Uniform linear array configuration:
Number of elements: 8
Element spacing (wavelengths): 1
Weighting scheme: kaiser
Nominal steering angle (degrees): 0
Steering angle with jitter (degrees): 1.018
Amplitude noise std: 0.05
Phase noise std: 0.05

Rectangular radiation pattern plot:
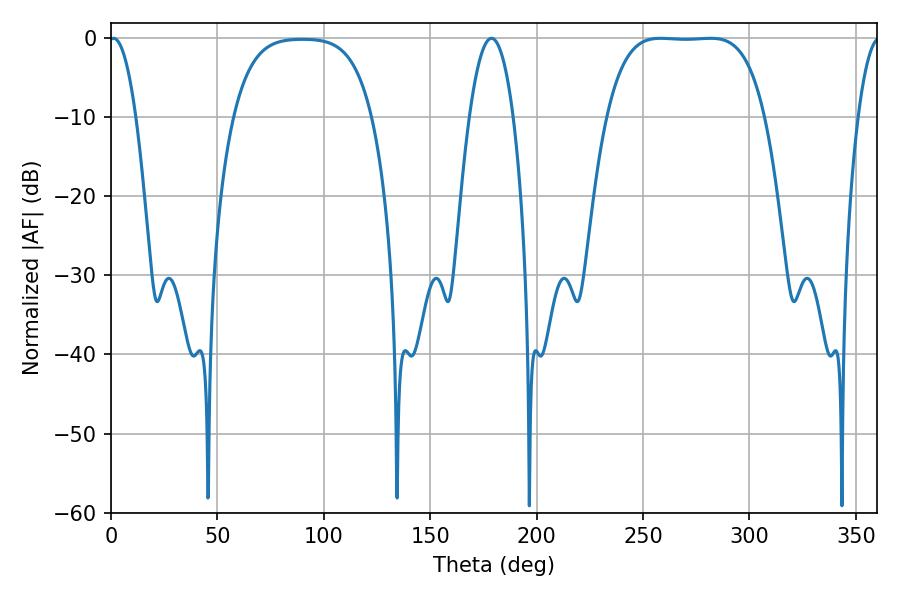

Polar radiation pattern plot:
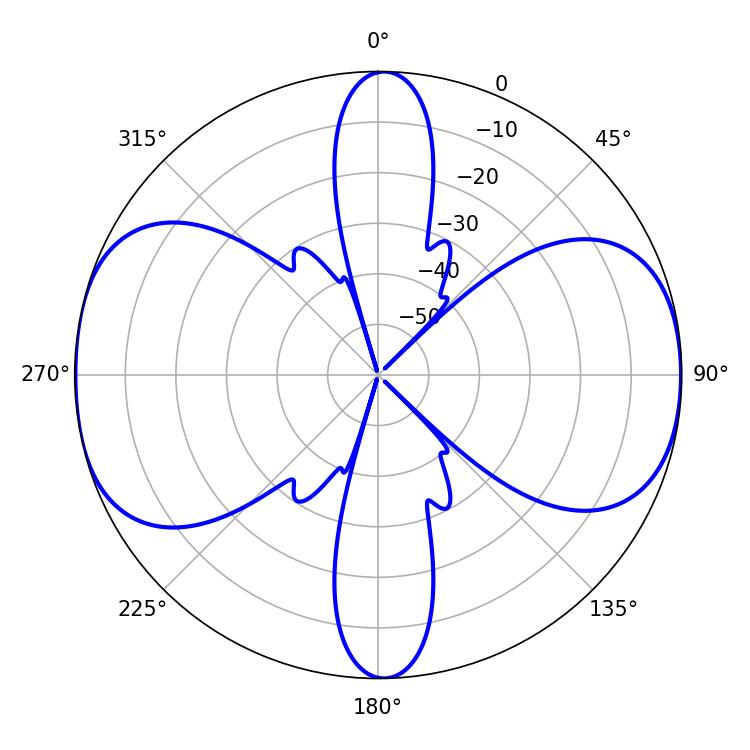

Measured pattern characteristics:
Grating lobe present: TRUE
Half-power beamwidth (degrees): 57.24
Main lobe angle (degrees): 258.3